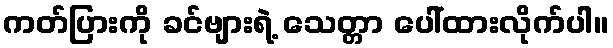
ကတ်ပြားကို ခင်ဗျားရဲ့ သေတ္တာ ပေါ်ထားလိုက်ပါ။